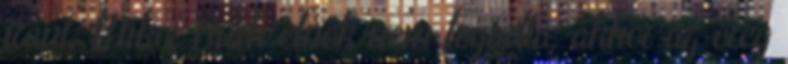
iránt. Mikor Bush elnök nem fogadta, akkor az öreg